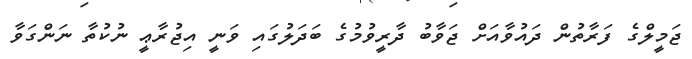
ޖަމީލްގެ ފަރާތުން ދައުވާއަށް ޖަވާބު ދާރީވުމުގެ ބަދަލުގައި ވަނީ އިޖުރާޢީ ނުކުތާ ނަންގަވާ